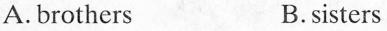
A.brothers B.sisters